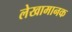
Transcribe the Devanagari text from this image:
लेखामानक